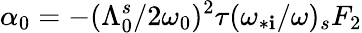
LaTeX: \alpha_{0}=-(\Lambda_{0}^{s}/2\omega_{0})^{2}\tau(\omega_{*\mathbf{i}}/\omega)_{s}F_{2}